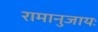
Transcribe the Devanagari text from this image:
रामानुजायः